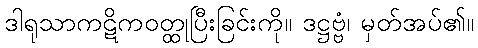
ဒါရုသာကဋိကဝတ္ထုပြီးခြင်းကို။ ဒဋ္ဌဗ္ဗံ၊ မှတ်အပ်၏။